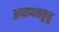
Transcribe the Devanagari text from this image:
अय्यप्पनकूत्तु